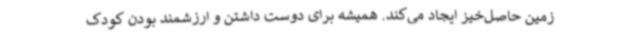
زمین حاصل‌خیز ایجاد می‌کند. همیشه برای دوست داشتن و ارزشمند بودن کودک